Medical and sanitary report of the native army of Bengal for the year
Year: 1877
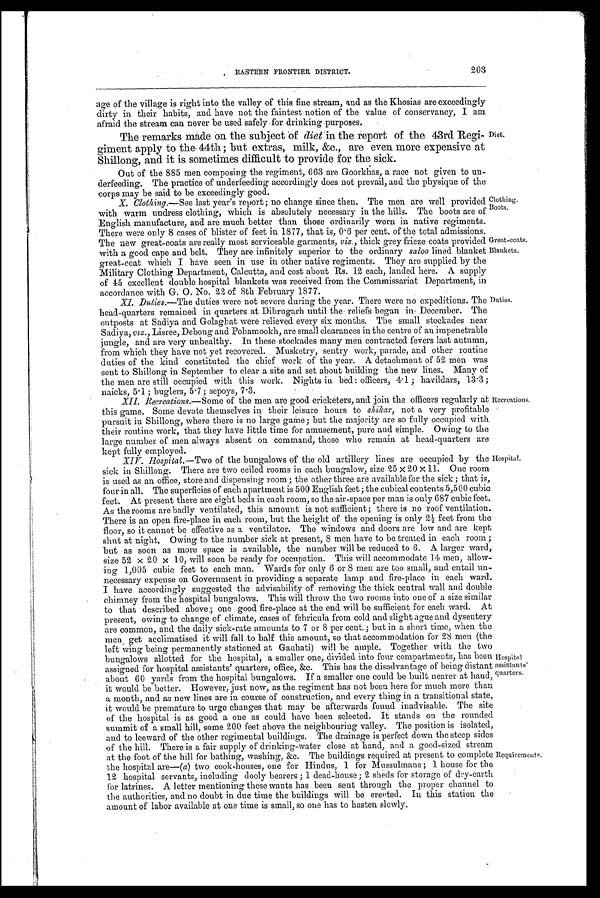
Great-coats.
Blankets.
Recreations.
Hospital.
203
EASTERN FRONTIER DISTRICT.
age of the village is right into the valley of this fine stream, and as the Khosias are exceedingly
dirty in their habits, and have not the faintest notion of the value of conservancy, I am
afraid the stream can never be used safely for drinking purposes.
The remarks made on the subject of diet in the report of the 43rd Regi
-giment apply to the 44th; but extras, milk, &c., are even more expensive at
Shillong, and it is sometimes difficult to provide for the sick.
Out of the 885 men composing the regiment, 663 are Goorkhas, a race not given to un
-derfeeding. The practice of underfeeding accordingly does not prevail, and the physique of the
corps may be said to be exceedingly good.
X. Clothing.—See last year's report; no change since then. The men are well provided
with warm undress clothing, which is absolutely necessary in the hills. The boots are of
English manufacture, and are much better than those ordinarily worn in native regiments.
There were only 8 cases of blister of feet in 1877, that is, 0.6 per cent. of the total admissions.
The new great-coats are really most serviceable garments, viz., thick grey frieze coats provided
with a good cape and belt. They are infinitely superior to the ordinary saloo lined blanket
great-coat which I have seen in use in other native regiments. They are supplied by the
Military Clothing Department, Calcutta, and cost about Rs. 12 each, landed here. A supply
of 45 excellent double hospital blankets was received from the Commissariat Department, in
accordance with G. O. No. 22 of 8th February 1877.
XI. Duties.—The duties were not severe during the year. There were no expeditions. The
head-quarters remained in quarters at Dibrugarh until the reliefs began in December. The
outposts at Sadiya and Golaghat were relieved every six months. The small stockades near
Sadiya,v i z
. , L i s r e e , D e b o n g a n d P o h a m o o k h , a r e s m a l l c l e a r a n c e s i n t h e c e n t r e o f a n i m p e n e t r a b l e
jungle, and are very unhealthy. In these stockades many men contracted fevers last autumn,
from which they have not yet recovered. Musketry, sentry work, parade, and other routine
duties of the kind constituted the chief work of the year. A detachment of 52 men was
sent to Shillong in September to clear a site and set about building the new lines. Many of
the men are still occupied with this work. Nights in bed: officers, 4.1; havildars, 13.3;
naicks, 5.1; buglers, 5.7; sepoys , 7.3.
XII. Recreations.—Some of the men are good cricketers, and join the officers regularly at
this game. Some devote themselves in their leisure hours to shikar, not a very profitable
pursuit in Shillong, where there is no large game; but the majority are so fully occupied with
their routine work, that they have little time for amusement, pure and simple. Owing to the
large number of men always absent on command, those who remain at head-quarters are
kept fully employed.
Diet.
Clothing.
Boots.
Duties.
XIV. Hospital.—Two of the bungalows of the old artillery lines are occupied by the
sick in Shillong. There are two ceiled rooms in each bungalow, size 25 × 20 × 11. One room
is used as an office, store and dispensing room; the other three are available for the sick; that is,
four in all. The superficies of each apartment is 500 English feet; the cubical contents 5,500 cubic
feet. At present there are eight beds in each room, so the air-space per man is only 687 cubic feet.
As the rooms are badly ventilated, this amount is not sufficient; there is no roof ventilation.
There is an open fire-place in each room, but the height of the opening is only 2½ feet from the
floor, so it cannot be effective as a ventilator. The windows and doors are low and are kept
shut at night. Owing to the number sick at present, 8 men have to be treated in each room;
but as soon as more space is available, the number will be reduced to 6. A larger ward,
size 52 × 20 × 10, will soon be ready for occupation. This will accommodate 14 men, allow
-ing 1,005 cubic feet to each man. Wards for only 6 or 8 men are too small, and entail un
-necessary expense on Government in providing a separate lamp and fire-place in each ward.
I have accordingly suggested the advisability of removing the thick central wall and double
chimney from the hospital bungalows. This will throw the two rooms into one of a size similar
to that described above; one good fire-place at the end will be sufficient for each ward. At
present, owing to change of climate, cases of febricula from cold and slight ague and dysentery
are common, and the daily sick-rate amounts to 7 or 8 per cent.; but in a short time, when the
men get acclimatised it will fall to half this amount, so that accommodation for 28 men (the
left wing being permanently stationed at Gauhati) will be ample. Together with the two
bungalows allotted for the hospital, a smaller one, divided into four compartments, has been
assigned for hospital assistants' quarters, office, &c. This has the disadvantage of being distant
about 60 yards from the hospital bungalows. If a smaller one could be built nearer at hand,
it would be better. However, just now, as the regiment has not been here for much more than
a month, and as new lines are in course of construction, and every thing in a transitional state,
it would be premature to urge changes that may be afterwards found inadvisable. The site
of the hospital is as good a one as could have been selected. It stands on the rounded
summit of a small hill, some 200 feet above the neighbouring valley. The position is isolated,
and to leeward of the other regimental buildings. The drainage is perfect down the steep sides
of the hill. There is a fair supply of' drinking-water close at hand, and a good-sized stream
at the foot of the hill for bathing, washing, &c. The buildings required at present to complete
the hospital are—(a) two cook-houses, one for Hindus, 1 for Mussulmans; 1 house for the
12 hospital servants, including dooly bearers; 1 dead-house; 2 sheds for storage of dry-earth
for latrines. A letter mentioning these wants has been sent through the proper channel to
the authorities, and no doubt in due time the buildings will be erected. In this station the
amount of labor available at one time is small, so one has to hasten slowly.
Hospital
assistants'
quarters.
Requirements.